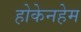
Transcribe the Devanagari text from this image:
होकेनहेम